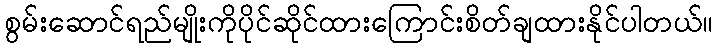
စွမ်းဆောင်ရည်မျိုးကိုပိုင်ဆိုင်ထားကြောင်းစိတ်ချထားနိုင်ပါတယ်။